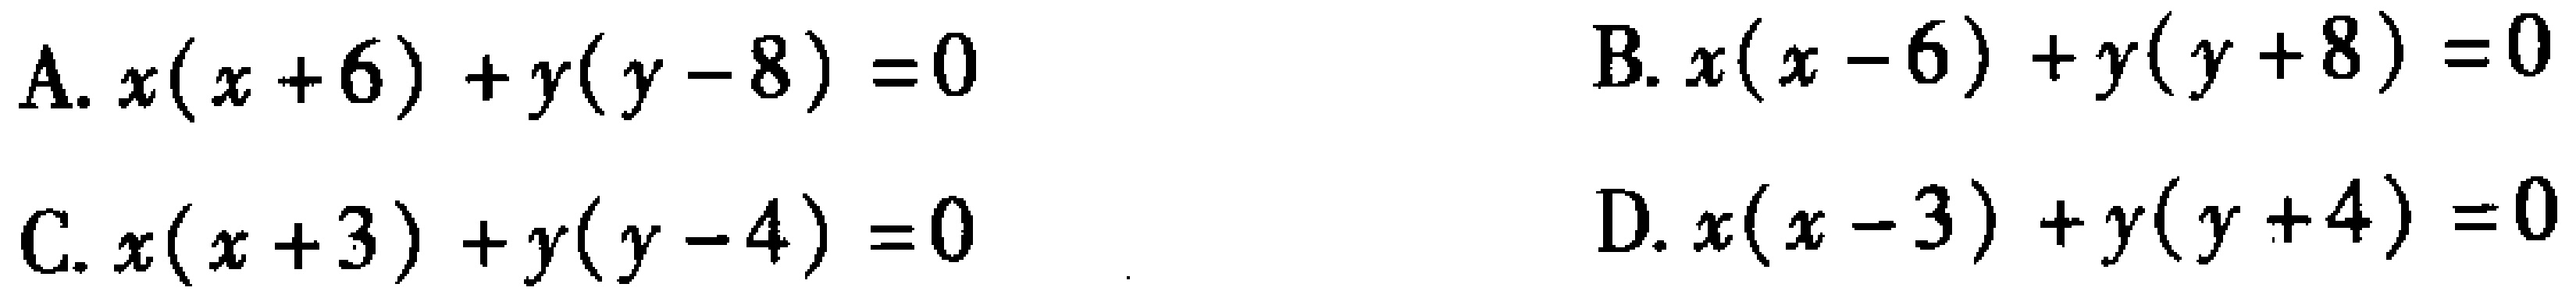
A. \(x(x + 6)+y(y - 8)=0\)
B. \(x(x - 6)+y(y + 8)=0\)
C. \(x(x + 3)+y(y - 4)=0\)
D. \(x(x - 3)+y(y + 4)=0\)